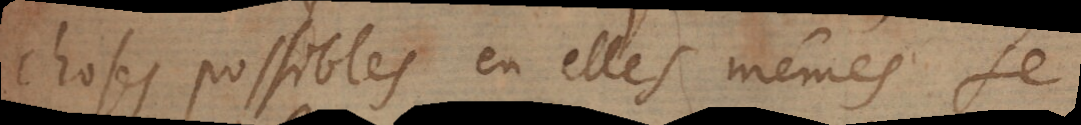
choses possibles en elles mêmes se